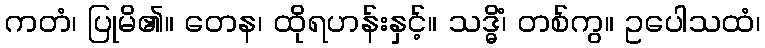
ကတံ၊ ပြုမိ၏။ တေန၊ ထိုရဟန်းနှင့်။ သဒ္ဓိံ၊ တစ်ကွ။ ဥပေါသထံ၊